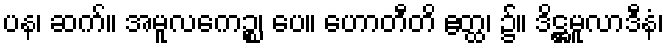
ပန၊ ဆက်။ အမူလကေဉ္စ၊ ပေ။ ဟောတီတိ ဧတ္ထ၊ ၌။ ဒိဋ္ဌမူလာဒီနံ၊